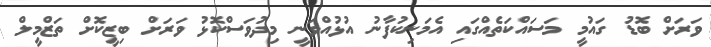
ވަރަށް ބޮޑު ގައުމީ މަސައްކަތެއްގައި އެމަނިކުފާނު އުޅުއްވަނީ މިދުވަސްކޮޅު ވަރަށް ބިޒީކޮށް ތަޒްމީލް